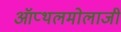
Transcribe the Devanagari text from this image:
ऑप्थलमोलाजी